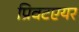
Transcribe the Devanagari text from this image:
प्रिवटएयर